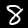
Label: 8